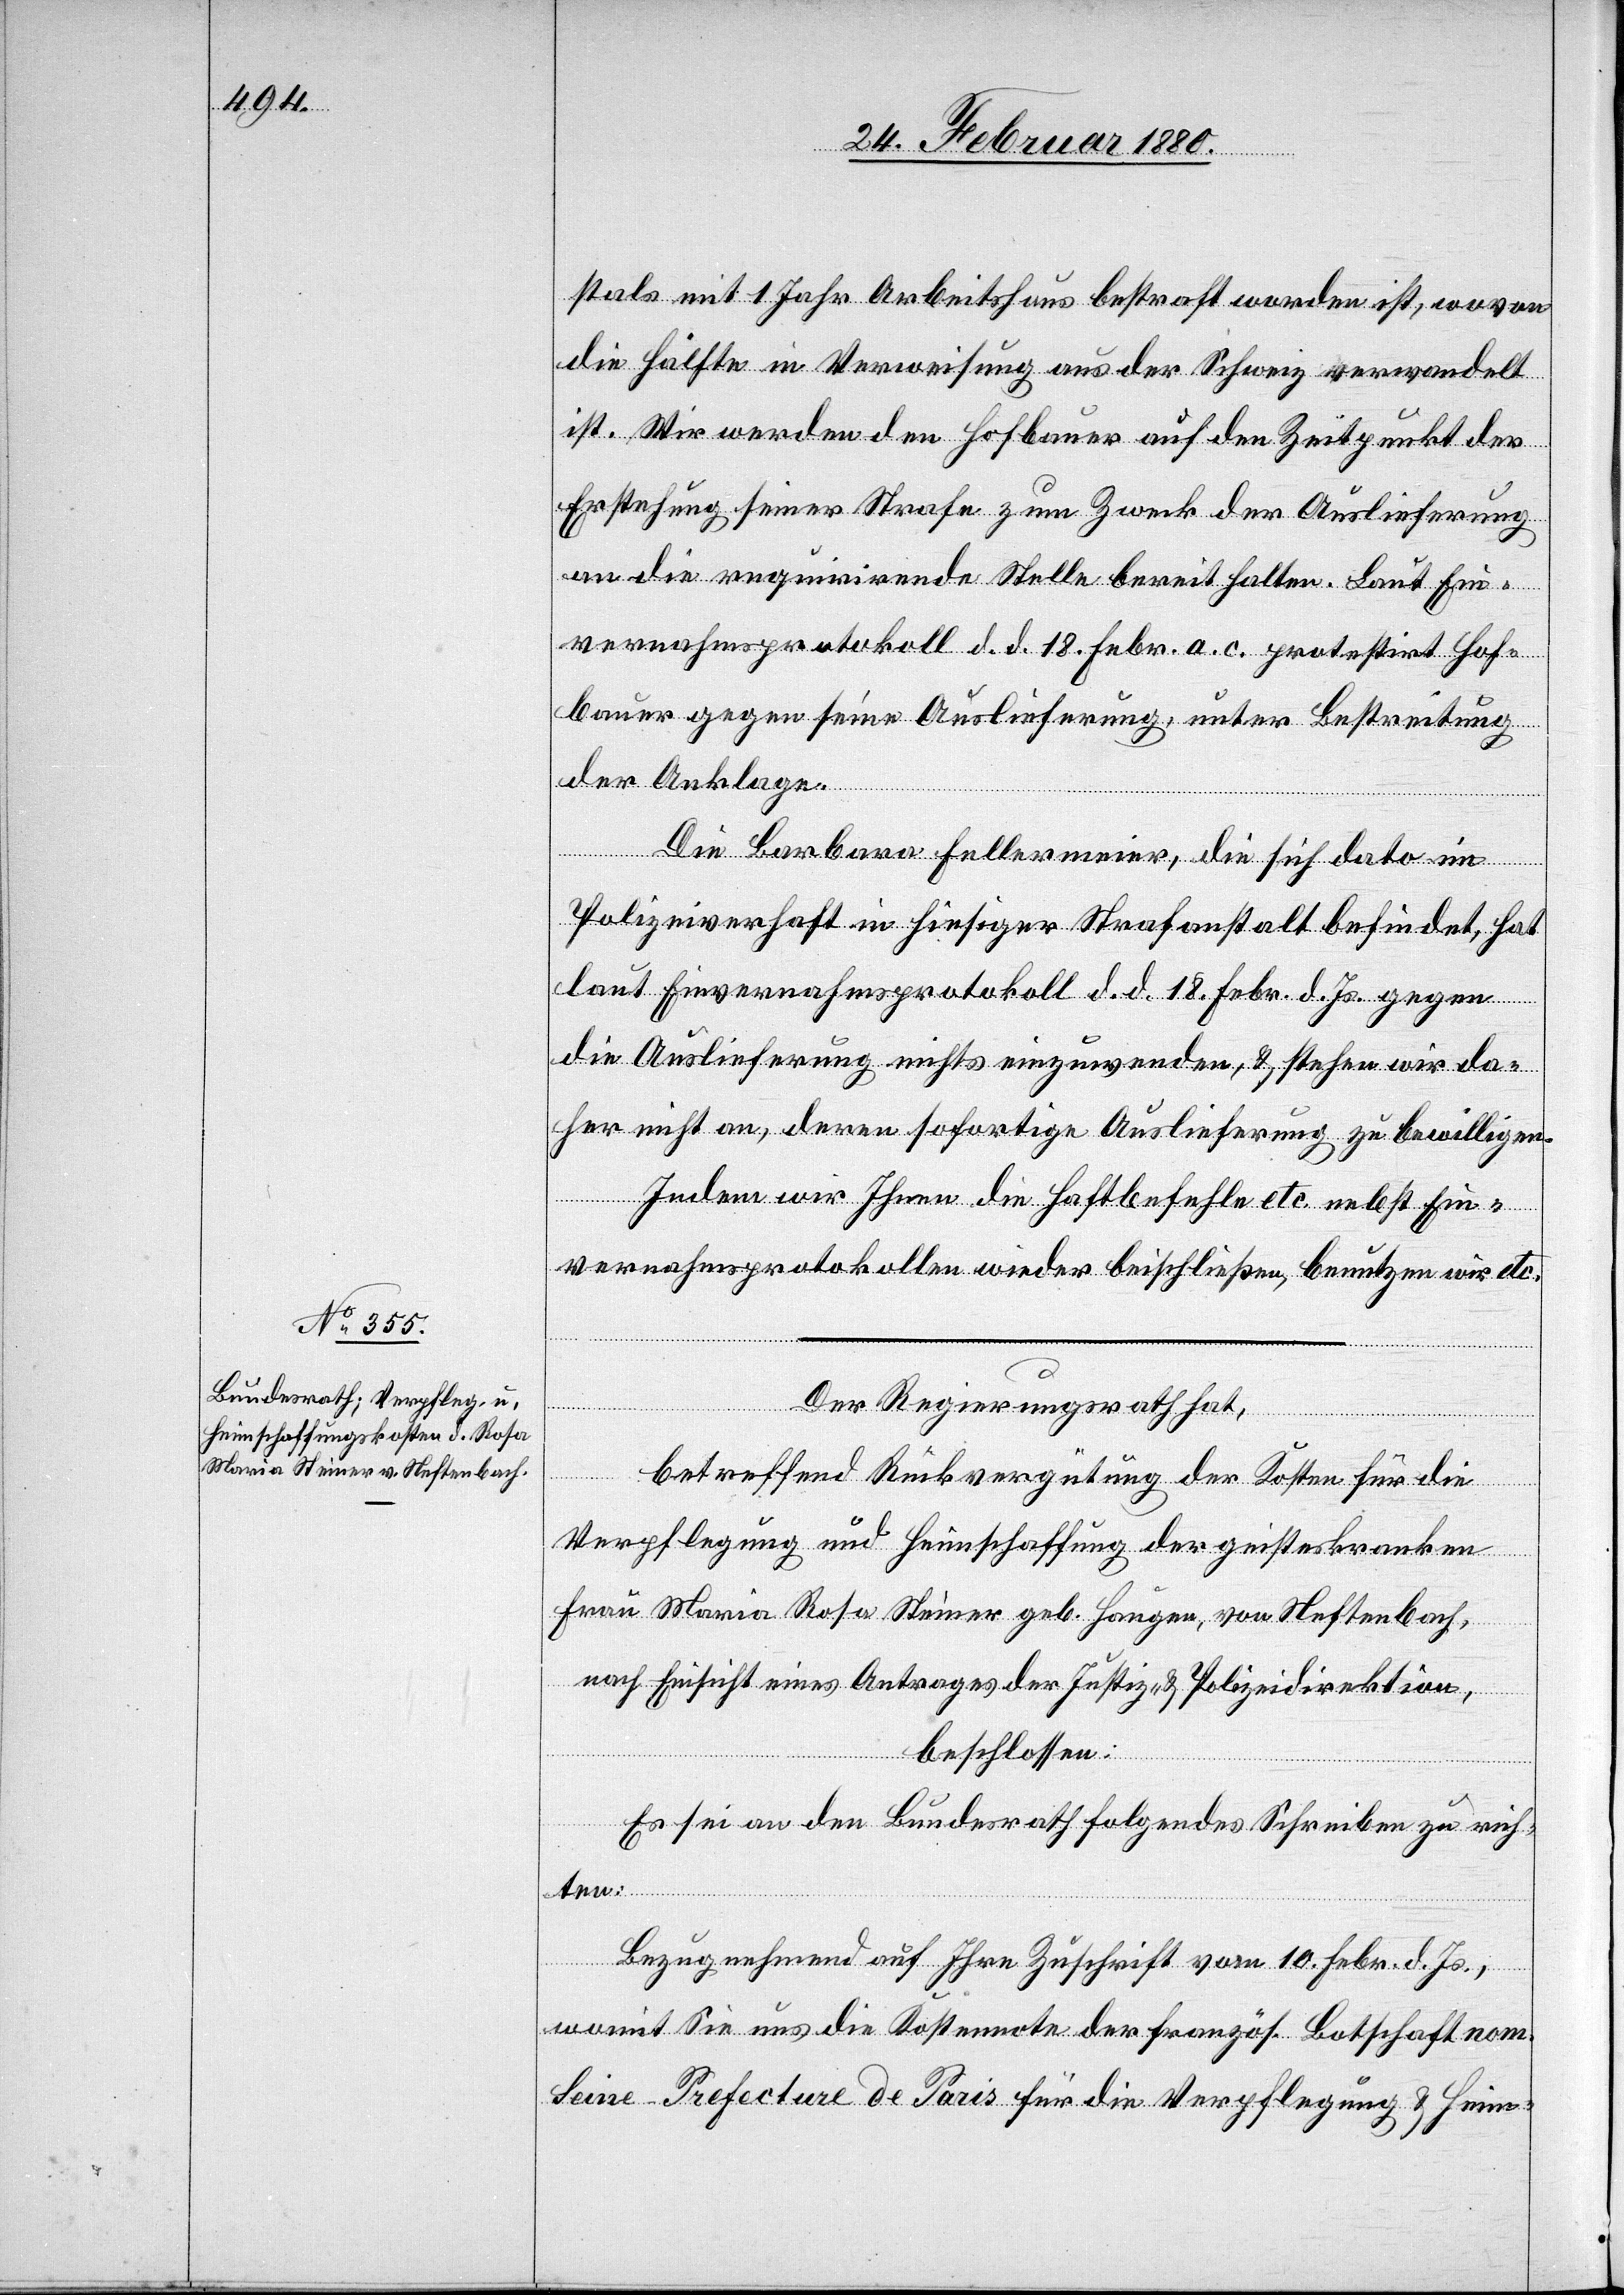
24. Februar 1880.]
stals mit 1 Jahr Arbeitshaus bestraft worden ist, wovon
die Hälfte in Verweisung aus der Schweiz verwandelt
ist. Wir werden den Hofbauer auf den Zeitpunkt der
Erstehung seiner Strafe zum Zweck der Auslieferung
an die requirirende Stelle bereit halten. Laut Ein¬
vernahmsprotokoll d. d. 18. Febr. a. c. protestirt Hof¬
bauer gegen seine Auslieferung, unter Bestreitung
der Anklage.
Die Barbara Fellermeier, die sich dato im
Polizeiverhaft in hiesiger Strafanstalt befindet, hat
laut Einvernahmsprotokoll d. d. 18. Febr. d. Js. gegen
die Auslieferung nichts einzuwenden, & stehen wir da¬
her nicht an, deren sofortige Auslieferung zu bewilligen.
Indem wir Ihnen die Haftbefehle etc. nebst Ein¬
vernahmsprotokollen wieder beischließen, benutzen wir etc.
Der Regierungsrath hat,
betreffend Rückvergütung der Kosten für die
Verpflegung und Heimschaffung der geisteskranken
Frau Maria Rosa Steiner geb. Haugen, von Neftenbach,
nach Einsicht eines Antrages der Justiz- & Polizeidirektion,
beschlossen:
Es sei an den Bundesrath folgendes Schreiben zu rich¬
ten:
Bezugnehmend auf Ihre Zuschrift vom 10. Febr. d. Js.,
womit Sie uns die Kostennote der französ. Botschaft nom.
Seine-Prefecture de Paris für die Verpflegung & Heim-